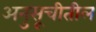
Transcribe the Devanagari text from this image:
अनुसूचीतील